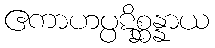
ဧကာဟပ္ပဋိစ္ဆန္နာယ